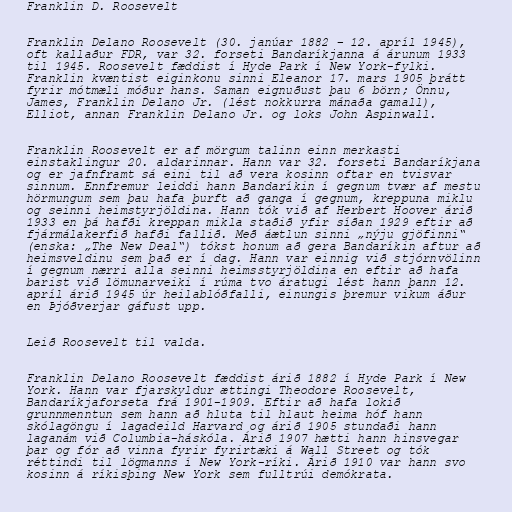
Franklin D. Roosevelt

Franklin Delano Roosevelt (30. janúar 1882 – 12. apríl 1945),
oft kallaður FDR, var 32. forseti Bandaríkjanna á árunum 1933
til 1945. Roosevelt fæddist í Hyde Park í New York-fylki.
Franklin kvæntist eiginkonu sinni Eleanor 17. mars 1905 þrátt
fyrir mótmæli móður hans. Saman eignuðust þau 6 börn; Önnu,
James, Franklin Delano Jr. (lést nokkurra mánaða gamall),
Elliot, annan Franklin Delano Jr. og loks John Aspinwall.

Franklin Roosevelt er af mörgum talinn einn merkasti
einstaklingur 20. aldarinnar. Hann var 32. forseti Bandaríkjana
og er jafnframt sá eini til að vera kosinn oftar en tvisvar
sinnum. Ennfremur leiddi hann Bandaríkin í gegnum tvær af mestu
hörmungum sem þau hafa þurft að ganga í gegnum, kreppuna miklu
og seinni heimstyrjöldina. Hann tók við af Herbert Hoover árið
1933 en þá hafði kreppan mikla staðið yfir síðan 1929 eftir að
fjármálakerfið hafði fallið. Með áætlun sinni „nýju gjöfinni“
(enska: „The New Deal“) tókst honum að gera Bandaríkin aftur að
heimsveldinu sem það er í dag. Hann var einnig við stjórnvölinn
í gegnum nærri alla seinni heimsstyrjöldina en eftir að hafa
barist við lömunarveiki í rúma tvo áratugi lést hann þann 12.
apríl árið 1945 úr heilablóðfalli, einungis þremur vikum áður
en Þjóðverjar gáfust upp.

Leið Roosevelt til valda.

Franklin Delano Roosevelt fæddist árið 1882 í Hyde Park í New
York. Hann var fjarskyldur ættingi Theodore Roosevelt,
Bandaríkjaforseta frá 1901-1909. Eftir að hafa lokið
grunnmenntun sem hann að hluta til hlaut heima hóf hann
skólagöngu í lagadeild Harvard og árið 1905 stundaði hann
laganám við Columbia-háskóla. Árið 1907 hætti hann hinsvegar
þar og fór að vinna fyrir fyrirtæki á Wall Street og tók
réttindi til lögmanns í New York-ríki. Árið 1910 var hann svo
kosinn á ríkisþing New York sem fulltrúi demókrata.